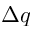
\Delta q